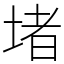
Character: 堵